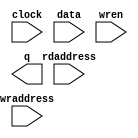
// megafunction wizard: %RAM: 2-PORT%VBB%
// GENERATION: STANDARD
// VERSION: WM1.0
// MODULE: altsyncram 

// ============================================================
// Megafunction Name(s):
// 			altsyncram
//
// Simulation Library Files(s):
// 			altera_mf
// ============================================================
// ************************************************************
// THIS IS A WIZARD-GENERATED FILE. DO NOT EDIT THIS FILE!
//
// 18.0.0 Build 614 04/24/2018 SJ Lite Edition
// ************************************************************

//Copyright (C) 2018  Intel Corporation. All rights reserved.
//Your use of Intel Corporation's design tools, logic functions 
//and other software and tools, and its AMPP partner logic 
//functions, and any output files from any of the foregoing 
//(including device programming or simulation files), and any 
//associated documentation or information are expressly subject 
//to the terms and conditions of the Intel Program License 
//Subscription Agreement, the Intel Quartus Prime License Agreement,
//the Intel FPGA IP License Agreement, or other applicable license
//agreement, including, without limitation, that your use is for
//the sole purpose of programming logic devices manufactured by
//Intel and sold by Intel or its authorized distributors.  Please
//refer to the applicable agreement for further details.

module dpram2 (
	clock,
	data,
	rdaddress,
	wraddress,
	wren,
	q);

	input	  clock;
	input	[7:0]  data;
	input	[9:0]  rdaddress;
	input	[9:0]  wraddress;
	input	  wren;
	output	[7:0]  q;
`ifndef ALTERA_RESERVED_QIS
// synopsys translate_off
`endif
	tri1	  clock;
	tri0	  wren;
`ifndef ALTERA_RESERVED_QIS
// synopsys translate_on
`endif

endmodule

// ============================================================
// CNX file retrieval info
// ============================================================
// Retrieval info: PRIVATE: ADDRESSSTALL_A NUMERIC "0"
// Retrieval info: PRIVATE: ADDRESSSTALL_B NUMERIC "0"
// Retrieval info: PRIVATE: BYTEENA_ACLR_A NUMERIC "0"
// Retrieval info: PRIVATE: BYTEENA_ACLR_B NUMERIC "0"
// Retrieval info: PRIVATE: BYTE_ENABLE_A NUMERIC "0"
// Retrieval info: PRIVATE: BYTE_ENABLE_B NUMERIC "0"
// Retrieval info: PRIVATE: BYTE_SIZE NUMERIC "8"
// Retrieval info: PRIVATE: BlankMemory NUMERIC "1"
// Retrieval info: PRIVATE: CLOCK_ENABLE_INPUT_A NUMERIC "0"
// Retrieval info: PRIVATE: CLOCK_ENABLE_INPUT_B NUMERIC "0"
// Retrieval info: PRIVATE: CLOCK_ENABLE_OUTPUT_A NUMERIC "0"
// Retrieval info: PRIVATE: CLOCK_ENABLE_OUTPUT_B NUMERIC "0"
// Retrieval info: PRIVATE: CLRdata NUMERIC "0"
// Retrieval info: PRIVATE: CLRq NUMERIC "0"
// Retrieval info: PRIVATE: CLRrdaddress NUMERIC "0"
// Retrieval info: PRIVATE: CLRrren NUMERIC "0"
// Retrieval info: PRIVATE: CLRwraddress NUMERIC "0"
// Retrieval info: PRIVATE: CLRwren NUMERIC "0"
// Retrieval info: PRIVATE: Clock NUMERIC "0"
// Retrieval info: PRIVATE: Clock_A NUMERIC "0"
// Retrieval info: PRIVATE: Clock_B NUMERIC "0"
// Retrieval info: PRIVATE: IMPLEMENT_IN_LES NUMERIC "0"
// Retrieval info: PRIVATE: INDATA_ACLR_B NUMERIC "0"
// Retrieval info: PRIVATE: INDATA_REG_B NUMERIC "0"
// Retrieval info: PRIVATE: INIT_FILE_LAYOUT STRING "PORT_B"
// Retrieval info: PRIVATE: INIT_TO_SIM_X NUMERIC "0"
// Retrieval info: PRIVATE: INTENDED_DEVICE_FAMILY STRING "MAX 10"
// Retrieval info: PRIVATE: JTAG_ENABLED NUMERIC "0"
// Retrieval info: PRIVATE: JTAG_ID STRING "NONE"
// Retrieval info: PRIVATE: MAXIMUM_DEPTH NUMERIC "0"
// Retrieval info: PRIVATE: MEMSIZE NUMERIC "8192"
// Retrieval info: PRIVATE: MEM_IN_BITS NUMERIC "0"
// Retrieval info: PRIVATE: MIFfilename STRING ""
// Retrieval info: PRIVATE: OPERATION_MODE NUMERIC "2"
// Retrieval info: PRIVATE: OUTDATA_ACLR_B NUMERIC "0"
// Retrieval info: PRIVATE: OUTDATA_REG_B NUMERIC "1"
// Retrieval info: PRIVATE: RAM_BLOCK_TYPE NUMERIC "0"
// Retrieval info: PRIVATE: READ_DURING_WRITE_MODE_MIXED_PORTS NUMERIC "2"
// Retrieval info: PRIVATE: READ_DURING_WRITE_MODE_PORT_A NUMERIC "3"
// Retrieval info: PRIVATE: READ_DURING_WRITE_MODE_PORT_B NUMERIC "3"
// Retrieval info: PRIVATE: REGdata NUMERIC "1"
// Retrieval info: PRIVATE: REGq NUMERIC "1"
// Retrieval info: PRIVATE: REGrdaddress NUMERIC "1"
// Retrieval info: PRIVATE: REGrren NUMERIC "1"
// Retrieval info: PRIVATE: REGwraddress NUMERIC "1"
// Retrieval info: PRIVATE: REGwren NUMERIC "1"
// Retrieval info: PRIVATE: SYNTH_WRAPPER_GEN_POSTFIX STRING "0"
// Retrieval info: PRIVATE: USE_DIFF_CLKEN NUMERIC "0"
// Retrieval info: PRIVATE: UseDPRAM NUMERIC "1"
// Retrieval info: PRIVATE: VarWidth NUMERIC "0"
// Retrieval info: PRIVATE: WIDTH_READ_A NUMERIC "8"
// Retrieval info: PRIVATE: WIDTH_READ_B NUMERIC "8"
// Retrieval info: PRIVATE: WIDTH_WRITE_A NUMERIC "8"
// Retrieval info: PRIVATE: WIDTH_WRITE_B NUMERIC "8"
// Retrieval info: PRIVATE: WRADDR_ACLR_B NUMERIC "0"
// Retrieval info: PRIVATE: WRADDR_REG_B NUMERIC "0"
// Retrieval info: PRIVATE: WRCTRL_ACLR_B NUMERIC "0"
// Retrieval info: PRIVATE: enable NUMERIC "0"
// Retrieval info: PRIVATE: rden NUMERIC "0"
// Retrieval info: LIBRARY: altera_mf altera_mf.altera_mf_components.all
// Retrieval info: CONSTANT: ADDRESS_ACLR_B STRING "NONE"
// Retrieval info: CONSTANT: ADDRESS_REG_B STRING "CLOCK0"
// Retrieval info: CONSTANT: CLOCK_ENABLE_INPUT_A STRING "BYPASS"
// Retrieval info: CONSTANT: CLOCK_ENABLE_INPUT_B STRING "BYPASS"
// Retrieval info: CONSTANT: CLOCK_ENABLE_OUTPUT_B STRING "BYPASS"
// Retrieval info: CONSTANT: INTENDED_DEVICE_FAMILY STRING "MAX 10"
// Retrieval info: CONSTANT: LPM_TYPE STRING "altsyncram"
// Retrieval info: CONSTANT: NUMWORDS_A NUMERIC "1024"
// Retrieval info: CONSTANT: NUMWORDS_B NUMERIC "1024"
// Retrieval info: CONSTANT: OPERATION_MODE STRING "DUAL_PORT"
// Retrieval info: CONSTANT: OUTDATA_ACLR_B STRING "NONE"
// Retrieval info: CONSTANT: OUTDATA_REG_B STRING "CLOCK0"
// Retrieval info: CONSTANT: POWER_UP_UNINITIALIZED STRING "FALSE"
// Retrieval info: CONSTANT: READ_DURING_WRITE_MODE_MIXED_PORTS STRING "DONT_CARE"
// Retrieval info: CONSTANT: WIDTHAD_A NUMERIC "10"
// Retrieval info: CONSTANT: WIDTHAD_B NUMERIC "10"
// Retrieval info: CONSTANT: WIDTH_A NUMERIC "8"
// Retrieval info: CONSTANT: WIDTH_B NUMERIC "8"
// Retrieval info: CONSTANT: WIDTH_BYTEENA_A NUMERIC "1"
// Retrieval info: USED_PORT: clock 0 0 0 0 INPUT VCC "clock"
// Retrieval info: USED_PORT: data 0 0 8 0 INPUT NODEFVAL "data[7..0]"
// Retrieval info: USED_PORT: q 0 0 8 0 OUTPUT NODEFVAL "q[7..0]"
// Retrieval info: USED_PORT: rdaddress 0 0 10 0 INPUT NODEFVAL "rdaddress[9..0]"
// Retrieval info: USED_PORT: wraddress 0 0 10 0 INPUT NODEFVAL "wraddress[9..0]"
// Retrieval info: USED_PORT: wren 0 0 0 0 INPUT GND "wren"
// Retrieval info: CONNECT: @address_a 0 0 10 0 wraddress 0 0 10 0
// Retrieval info: CONNECT: @address_b 0 0 10 0 rdaddress 0 0 10 0
// Retrieval info: CONNECT: @clock0 0 0 0 0 clock 0 0 0 0
// Retrieval info: CONNECT: @data_a 0 0 8 0 data 0 0 8 0
// Retrieval info: CONNECT: @wren_a 0 0 0 0 wren 0 0 0 0
// Retrieval info: CONNECT: q 0 0 8 0 @q_b 0 0 8 0
// Retrieval info: GEN_FILE: TYPE_NORMAL dpram2.v TRUE
// Retrieval info: GEN_FILE: TYPE_NORMAL dpram2.inc FALSE
// Retrieval info: GEN_FILE: TYPE_NORMAL dpram2.cmp FALSE
// Retrieval info: GEN_FILE: TYPE_NORMAL dpram2.bsf TRUE
// Retrieval info: GEN_FILE: TYPE_NORMAL dpram2_inst.v FALSE
// Retrieval info: GEN_FILE: TYPE_NORMAL dpram2_bb.v TRUE
// Retrieval info: LIB_FILE: altera_mf